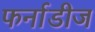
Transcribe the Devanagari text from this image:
फर्नाडीज